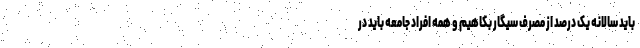
باید سالانه یک درصد از مصرف سیگار بکاهیم و همه افراد جامعه باید در